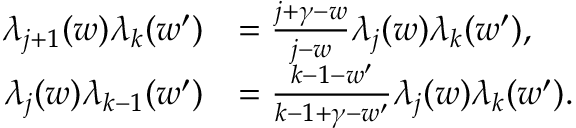
\begin{array} { r l } { \lambda _ { j + 1 } ( w ) \lambda _ { k } ( w ^ { \prime } ) } & { = \frac { j + \gamma - w } { j - w } \lambda _ { j } ( w ) \lambda _ { k } ( w ^ { \prime } ) , } \\ { \lambda _ { j } ( w ) \lambda _ { k - 1 } ( w ^ { \prime } ) } & { = \frac { k - 1 - w ^ { \prime } } { k - 1 + \gamma - w ^ { \prime } } \lambda _ { j } ( w ) \lambda _ { k } ( w ^ { \prime } ) . } \end{array}